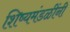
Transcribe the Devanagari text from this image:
शिष्यमंडळींनी